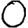
Digit: 0